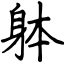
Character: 躰